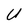
Character: U